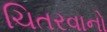
ચિતરવાનો